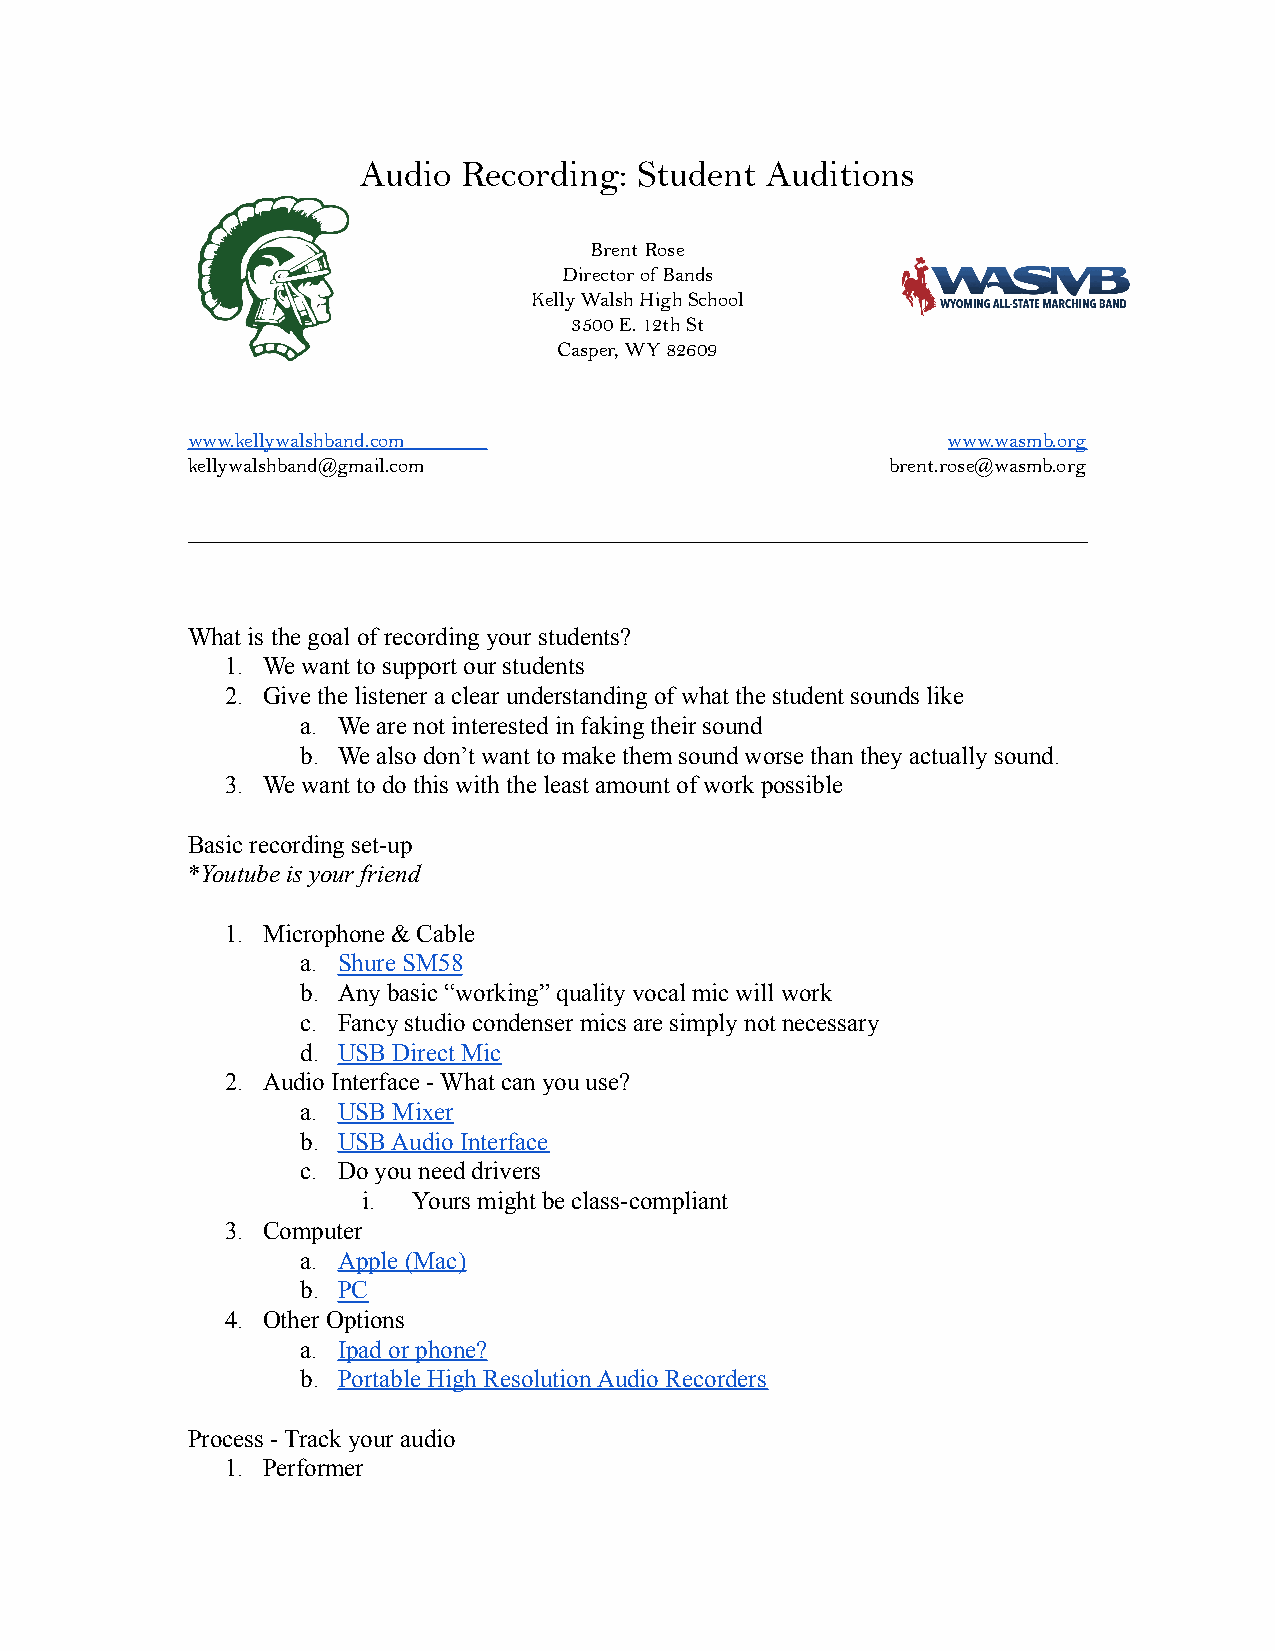
Audio  Recording: Student  Auditions
 Brent Rose
 Director of Bands
 Kelly Walsh High School
 3500 E. 12th St
 Casper, WY 82609
 www.kellywalshband.com                             www.wasmb.org
 kellywalshband@gmail.com                       brent.rose@wasmb.org
 ________________________________________________________________________________________________
 What is the goal of recording your students?
 1. We want to support our students
 2. Give the listener a clear understanding of what the student sounds like
 a. We are not interested in faking their sound
 b. We also don’t want to make them sound worse than they actually sound.
 3. We want to do this with the least amount of work possible
 Basic recording set-up
 *Youtube is your friend
 1. Microphone & Cable
 a. Shure SM58
 b. Any basic “working” quality vocal mic will work
 c. Fancy studio condenser mics are simply not necessary
 d. USB Direct Mic
 2. Audio Interface - What can you use?
 a. USB Mixer
 b. USB Audio Interface
 c. Do you need drivers
 i. Yours might be class-compliant
 3. Computer
 a. Apple (Mac)
 b. PC
 4. Other Options
 a. Ipad or phone?
 b. Portable High Resolution Audio Recorders
 Process - Track your audio
 1. Performer